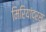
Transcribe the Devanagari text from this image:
मिरियांद्रस